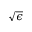
\sqrt { \epsilon }